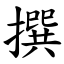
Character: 撰